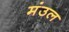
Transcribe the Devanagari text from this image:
मंउल